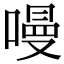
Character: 𠼦